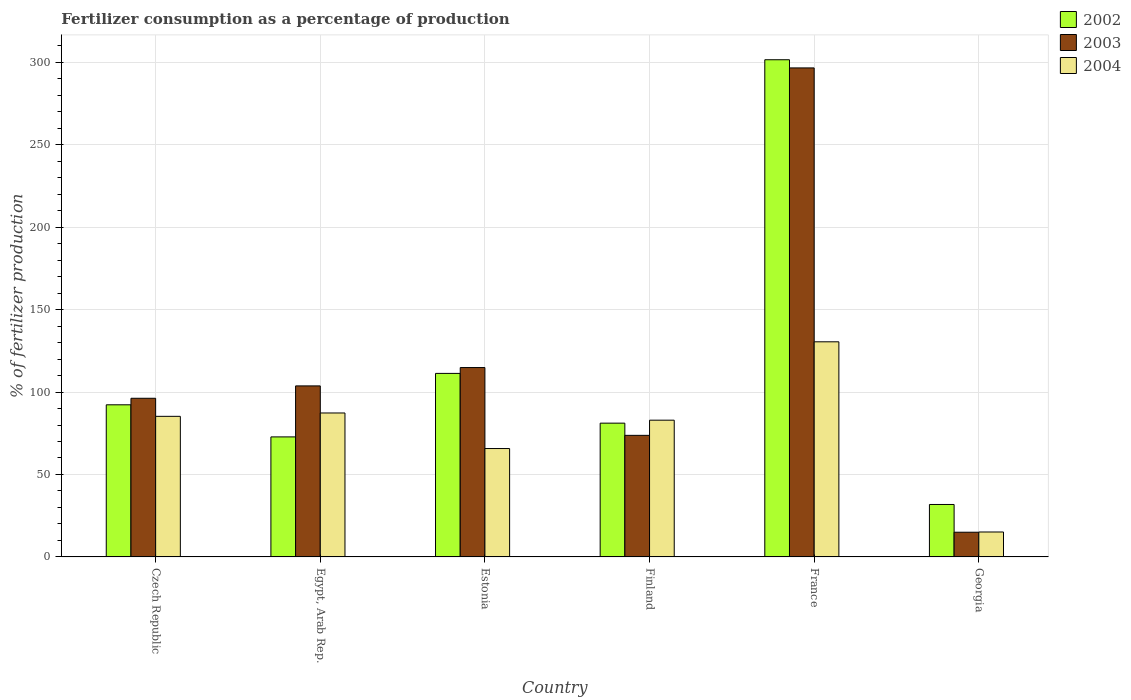
| Country | 2002 | 2003 | 2004 |
 | --- | --- | --- | --- |
 | Czech Republic | 92.3 | 96.2 | 85.3 |
 | Egypt, Arab Rep. | 72.8 | 104 | 87.3 |
 | Estonia | 111 | 115 | 65.7 |
 | Finland | 81.1 | 73.7 | 82.9 |
 | France | 302 | 297 | 130 |
 | Georgia | 31.8 | 15 | 15.1 |